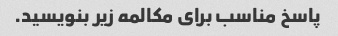
پاسخ مناسب برای مکالمه زیر بنویسید.